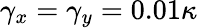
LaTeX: \gamma_{x}=\gamma_{y}=0.01\kappa